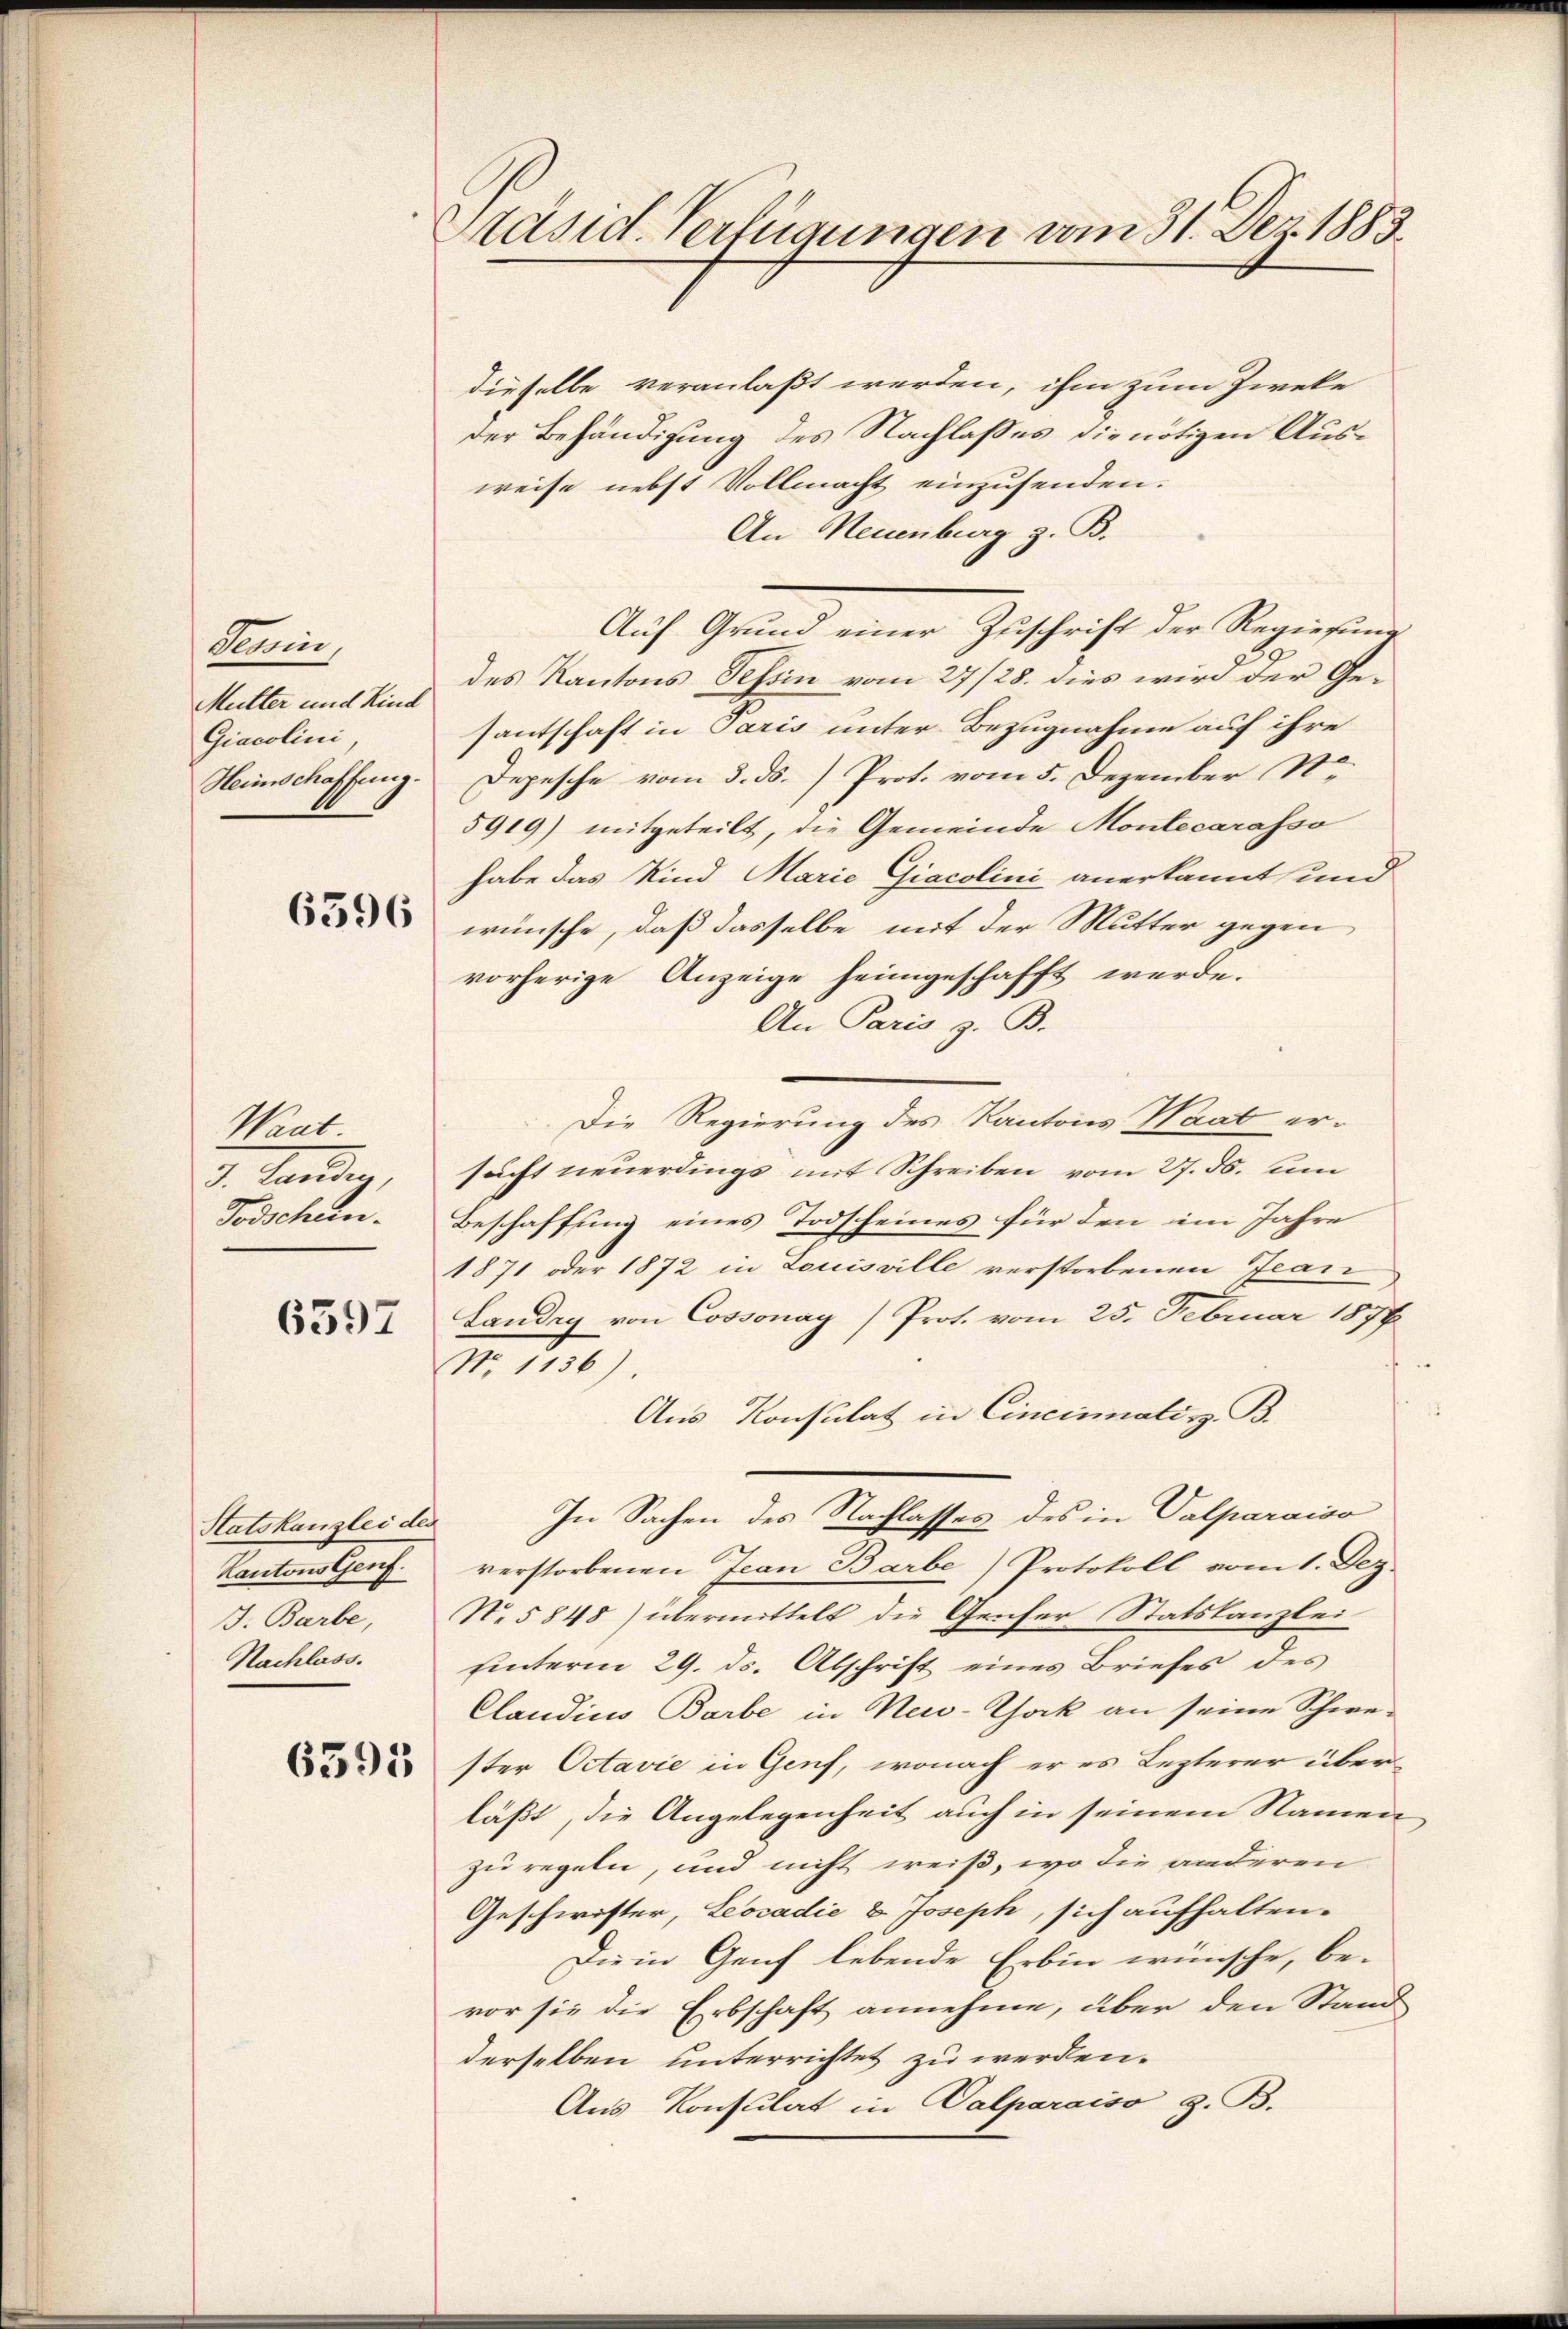
Schini
Mutter und Kind
Giacolini
Heimschaffung.

6596

Want.
I. Landing
Todschen.

6397

Statskanzlei des
Kantons Genf.
J. Barbe,
Nachlass.

6595

Präsid. Verfügungen vom 31. Dez. 1883.

dieselbe veranlaßt werden, ihm zum Zweke
der Behändigung des Nachlaßes die nötigen Ausweise nebst Vollmacht einzusenden.
An Neuenburg z. B.
Auf Grund einer Zuschrift der Regierung
des Kantons Tessin vom 27/28. dies wird der Gesantschaft in Paris unter Bezugnahme auf ihre
Depesche vom 3. ds. Prot. vom 5. Dezember No
5919) mitgeteilt, die Gemeinde Montecarasso
habe das Kind Marie Giacolini anerkannt und
wünsche, daß dasselbe mit der Mutter gegen
vorherige Anzeige heimgeschafft werde.
An Paris z. B.
Die Regierung des Kantons Waat er-
sucht neuerdings mit Schreiben vom 27. ds. um
Beschaffung eines Todscheines für den im Jahre
1871 oder 1872 in Louisville verstorbenen Jean
Landay von Cossonay) Prot. vom 25. Februar 1878
No. 1136)
Aus Konsulat in Cincinaliz. B.
In Sachen des Nachlasses des in Valparaiso
verstorbenen Ican Barbe) Protokoll vom 1. Dez.
No 5848) übermittelt die Genfer Statskanzleiunterm 29. ds. Abschrift eines Briefes des
Claudius Barbe in New-York an seine Schwe-
ster Octavie in Genf, wonach er es Lezterer über
läßt, die Angelegenheit auch in seinem Namen
zu regeln, und nicht weiß, wo die anderen
Geschwister, Leocadić & Joseph, sich aufhalten.
Die in Genf lebende Erbin wünsche, be-
vor sie die Erbschaft annehme, über den Stand
derselben unterrichtet zu werden.
Aus Konsulat in Dalparaiso z. B.